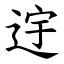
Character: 䢓